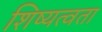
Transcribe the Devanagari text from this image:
शिष्यत्वता